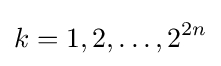
k=1,2,\ldots ,2^{2n}